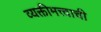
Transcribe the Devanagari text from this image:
व्यक्तीमत्त्वाची